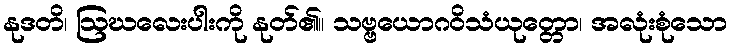
နုဒတိ၊ ဩဃလေးပါးကို နုတ်၏။ သဗ္ဗယောဂဝိသံယုတ္တော၊ အလုံးစုံသော